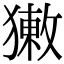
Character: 𤡳